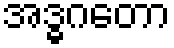
အဒ္ဓဂတော